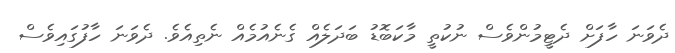
ދެވަނަ ހާފަށް ދެޓީމުންވެސް ނުކުތީ މާކަބޮޑު ބަދަލެއް ގެނެއުމެއް ނެތިއެވެ. ދެވަނަ ހާފުގައިވެސް